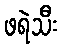
ဖရဲသီး